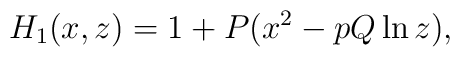
H_1(x,z)=1+P(x^2-pQ\ln z),